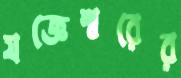
যজ্ঞেশ্বরের